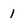
Character: 1